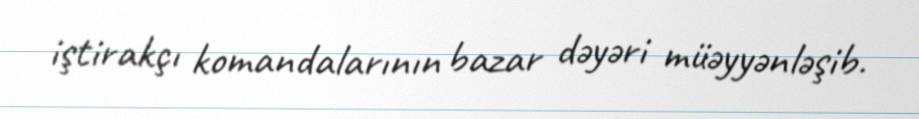
iştirakçı komandalarının bazar dəyəri müəyyənləşib.